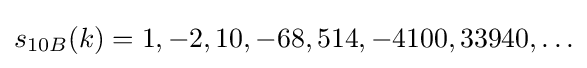
s_{10B}(k)=1,-2,10,-68,514,-4100,33940,\ldots